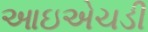
આઇએચડી